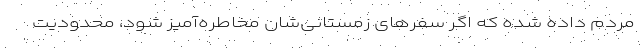
مردم داده شده که اگر سفرهای زمستانی‌شان مخاطره‌آمیز شود، محدودیت‌